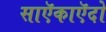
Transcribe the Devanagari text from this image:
साऍकाऍदो